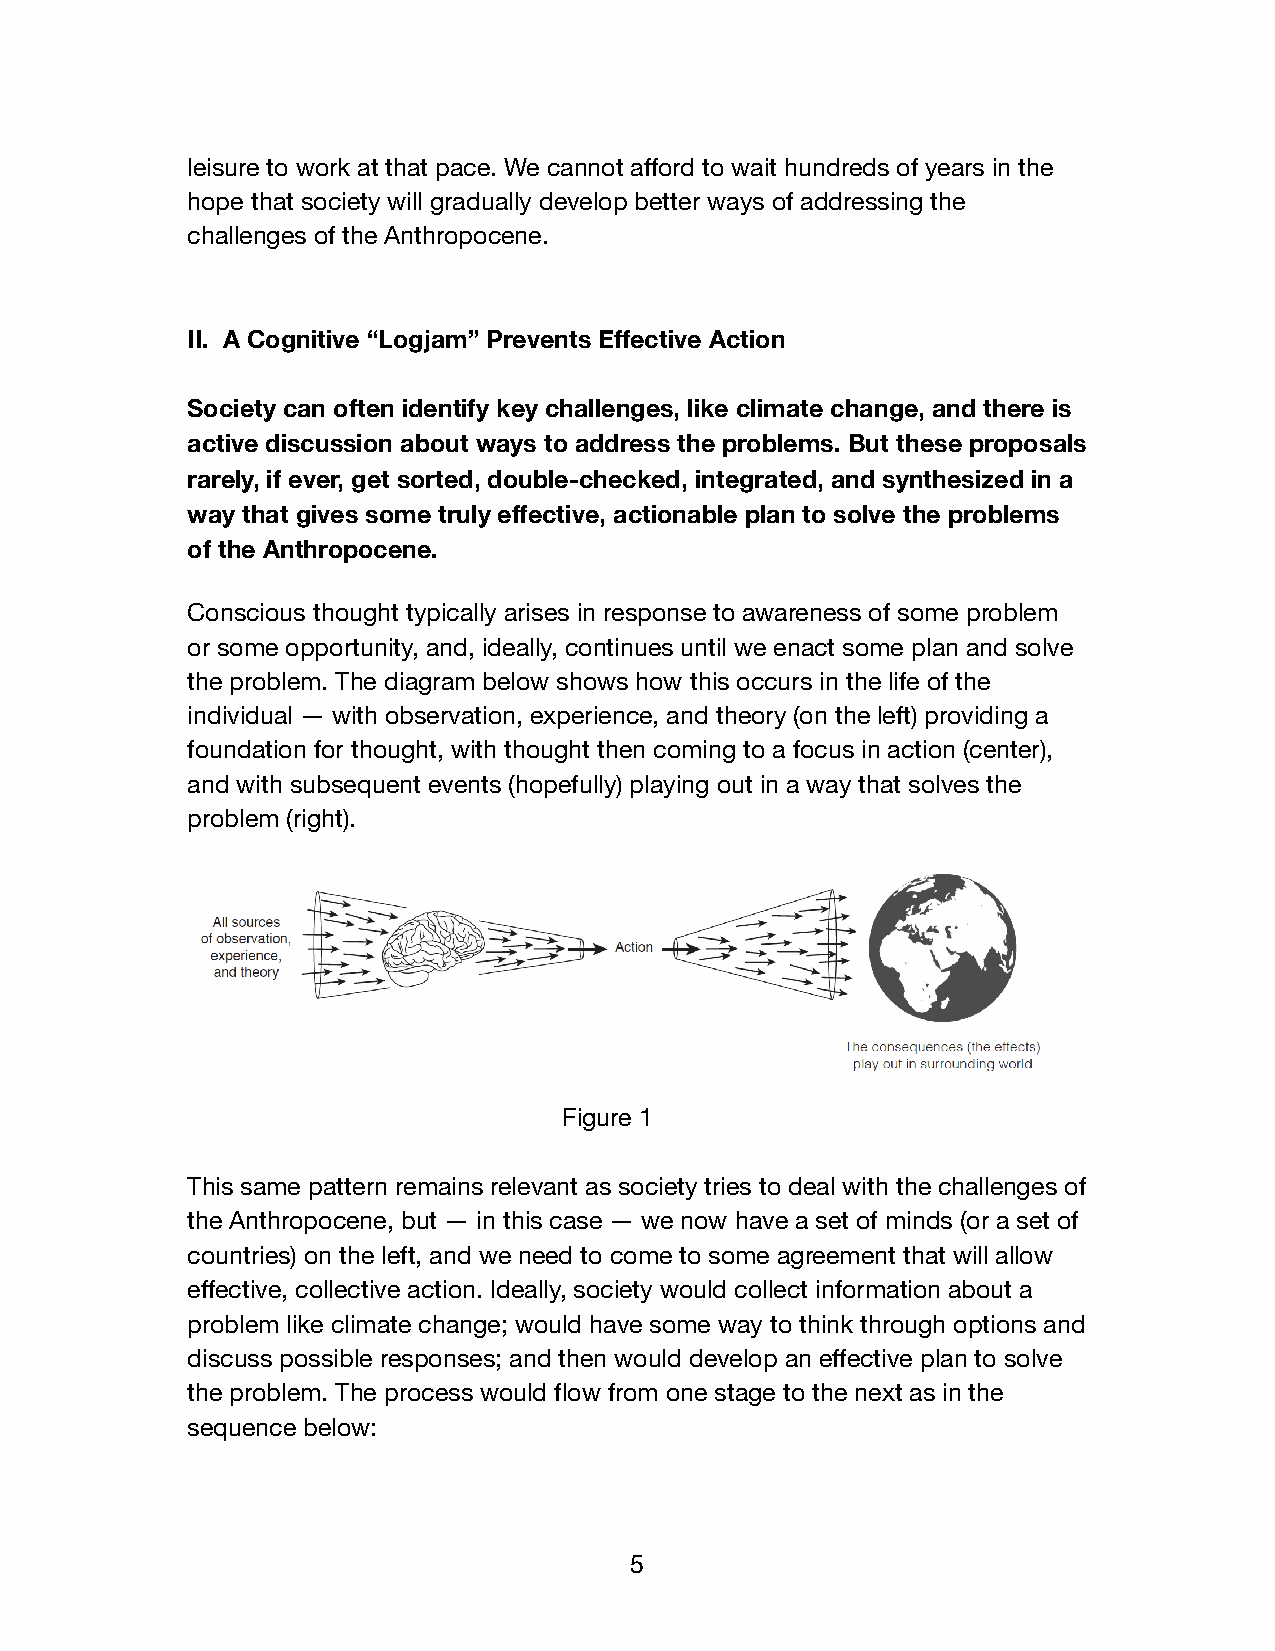
leisure to work at that pace. We cannot afford to wait hundreds of years in the
 hope that society will gradually develop better ways of addressing the
 challenges of the Anthropocene.
 II. A Cognitive “Logjam” Prevents Effective Action
 Society can often identify key challenges, like climate change, and there is
 active discussion about ways to address the problems. But these proposals
 rarely, if ever, get sorted, double-checked, integrated, and synthesized in a
 way that gives some truly effective, actionable plan to solve the problems
 of the Anthropocene.
 Conscious thought typically arises in response to awareness of some problem
 or some opportunity, and, ideally, continues until we enact some plan and solve
 the problem. The diagram below shows how this occurs in the life of the
 individual — with observation, experience, and theory (on the left) providing a
 foundation for thought, with thought then coming to a focus in action (center),
 and with subsequent events (hopefully) playing out in a way that solves the
 problem (right).
 Figure 1
 This same pattern remains relevant as society tries to deal with the challenges of
 the Anthropocene, but — in this case — we now have a set of minds (or a set of
 countries) on the left, and we need to come to some agreement that will allow
 effective, collective action. Ideally, society would collect information about a
 problem like climate change; would have some way to think through options and
 discuss possible responses; and then would develop an effective plan to solve
 the problem. The process would flow from one stage to the next as in the
 sequence below:
 5